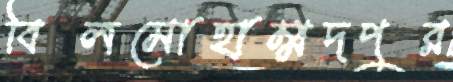
বিলমোহাম্মদপুর